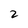
Character: 2